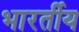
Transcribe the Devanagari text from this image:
भारर्तीय